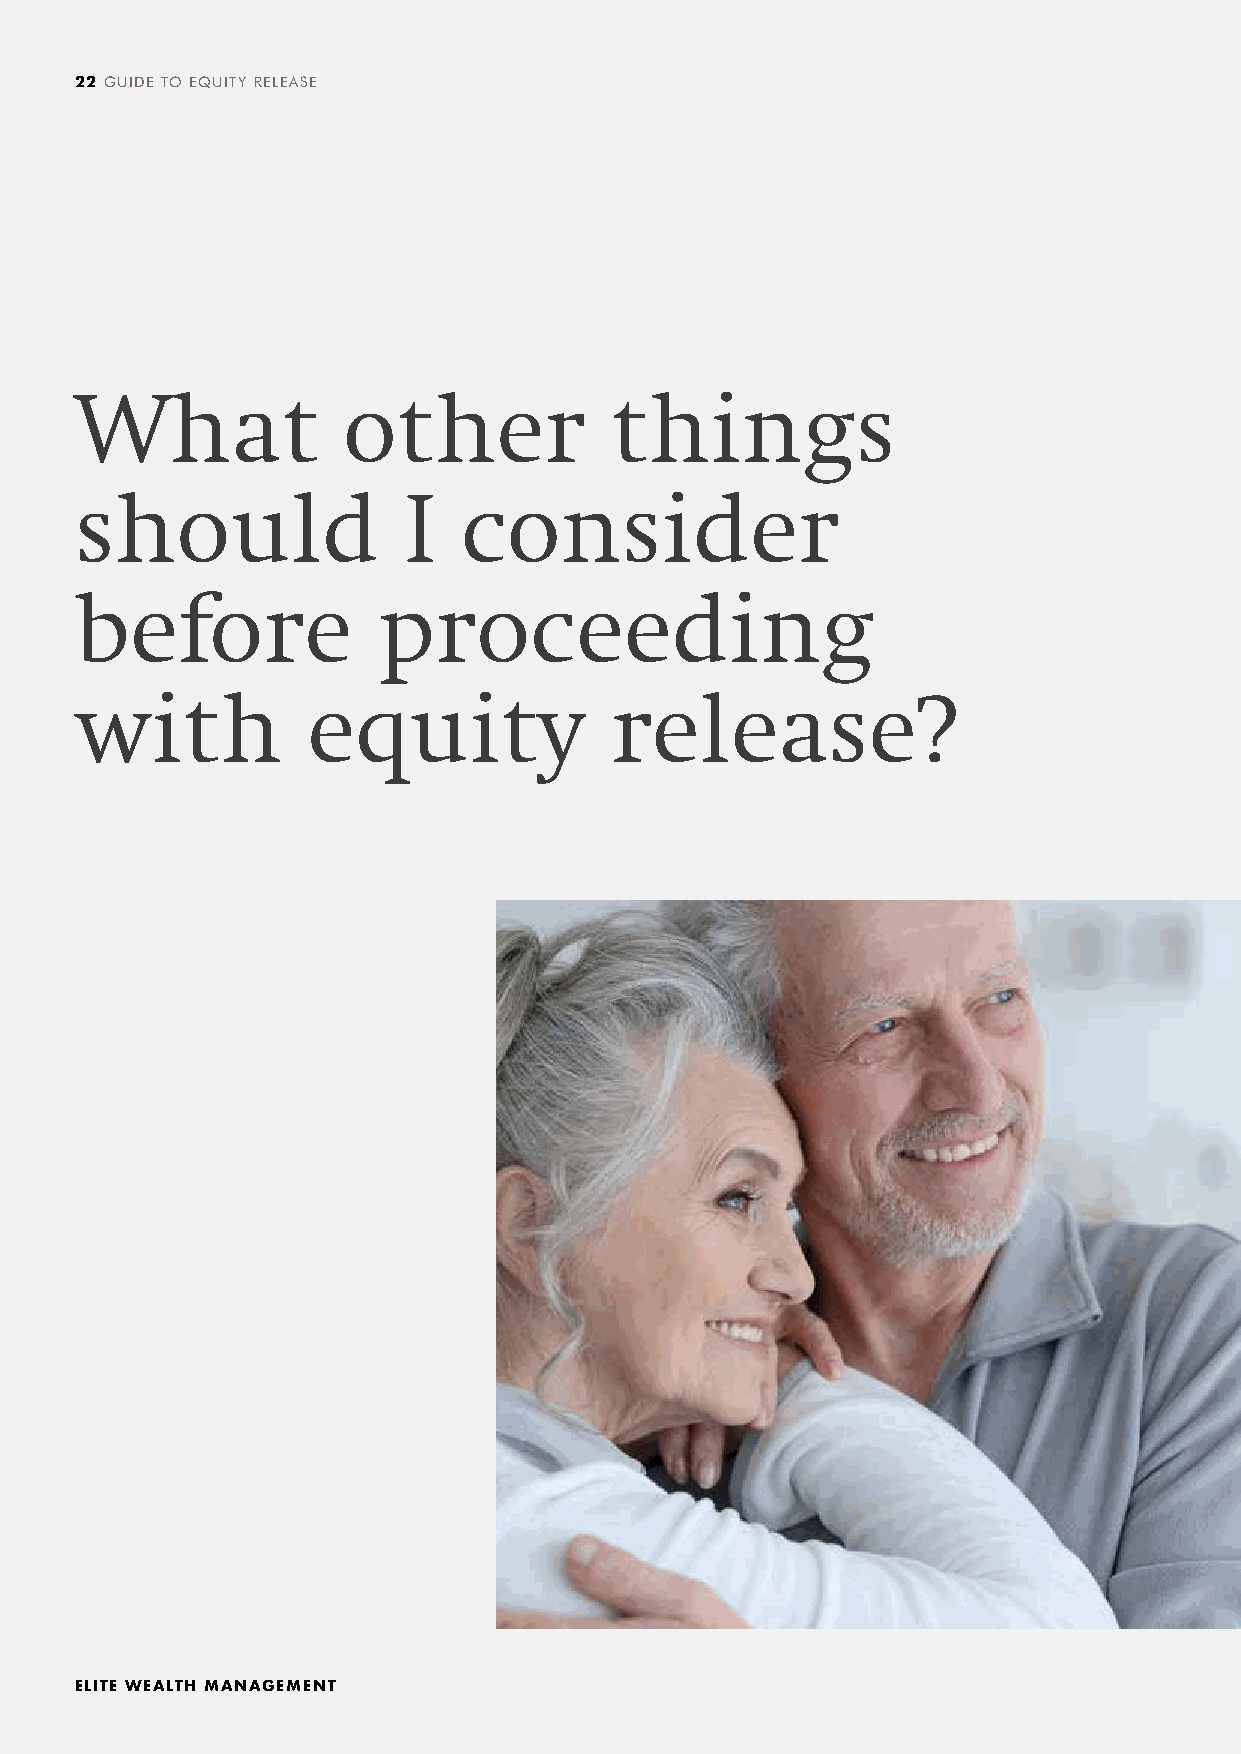
22 GUIDE TO EQUITY RELEASE
 What              other            things
 should                I  consider
 before              proceeding
 with           equity              release?
 ELITE WEALTH MANAGEMENT